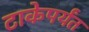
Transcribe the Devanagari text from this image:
टाकेपर्यंत